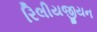
રિલીયજીયન